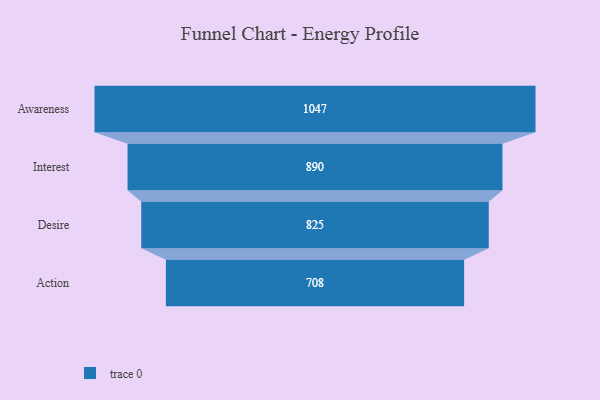
{"axis": {"x": "Stage", "y": "Value"}, "legend": [""], "data": [{"x": "Awareness", "y": 1047.0, "type": ""}, {"x": "Interest", "y": 890.0, "type": ""}, {"x": "Desire", "y": 825.0, "type": ""}, {"x": "Action", "y": 708.0, "type": ""}]}